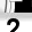
Digit: 2